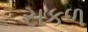
સકળ